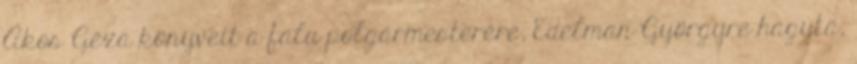
Ákos Géza könyveit a falu polgármesterére, Edelman Györgyre hagyta,